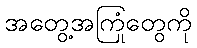
အတွေ့အကြုံတွေကို